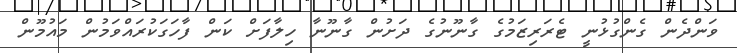
ވަންދެން ގެންގުޅުނީ ޓެރަރިޒަމުގެ ގާނޫނުގެ ދަށުން ގާނޫނާ ހިލާފަށް ކަން ފާހަގަކުރައްވަމުން މައުމޫން